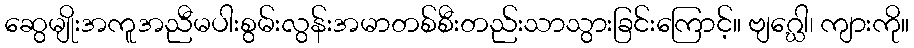
ဆွေမျိုးအကူအညီမပါးစွမ်းလွန်းအမာတစ်စီးတည်းသာသွားခြင်းကြောင့်။ ဗျဂ္ဃေါ၊ ကျားကို။